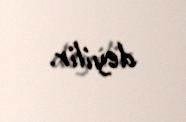
deyilir.